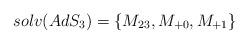
LaTeX: \begin{align*}solv(AdS_{3})=\left\{ M_{23},M_{+0},M_{+1}\right\}\end{align*}